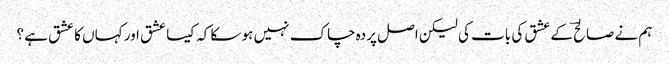
ہم نے صالحؔ کے عشق کی بات کی لیکن اصل پردہ چاک نہیں ہو سکا کہ کیسا عشق اور کہاں کا عشق ہے ؟